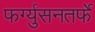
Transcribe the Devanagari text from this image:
फर्ग्युसनतर्फे